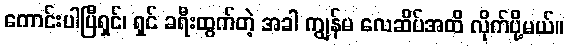
ကောင်းပါပြီရှင်၊ ရှင် ခရီးထွက်တဲ့ အခါ ကျွန်မ လေဆိပ်အထိ လိုက်ပို့မယ်။